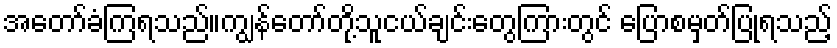
အတော်ခံကြရသည်။ကျွန်တော်တို့သူငယ်ချင်းတွေကြားတွင် ပြောစမှတ်ပြုရသည့်